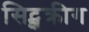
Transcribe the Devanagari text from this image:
सिट्झक्रीग